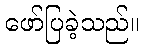
ဖော်ပြခဲ့သည်။